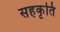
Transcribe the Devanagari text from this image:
सहकृति